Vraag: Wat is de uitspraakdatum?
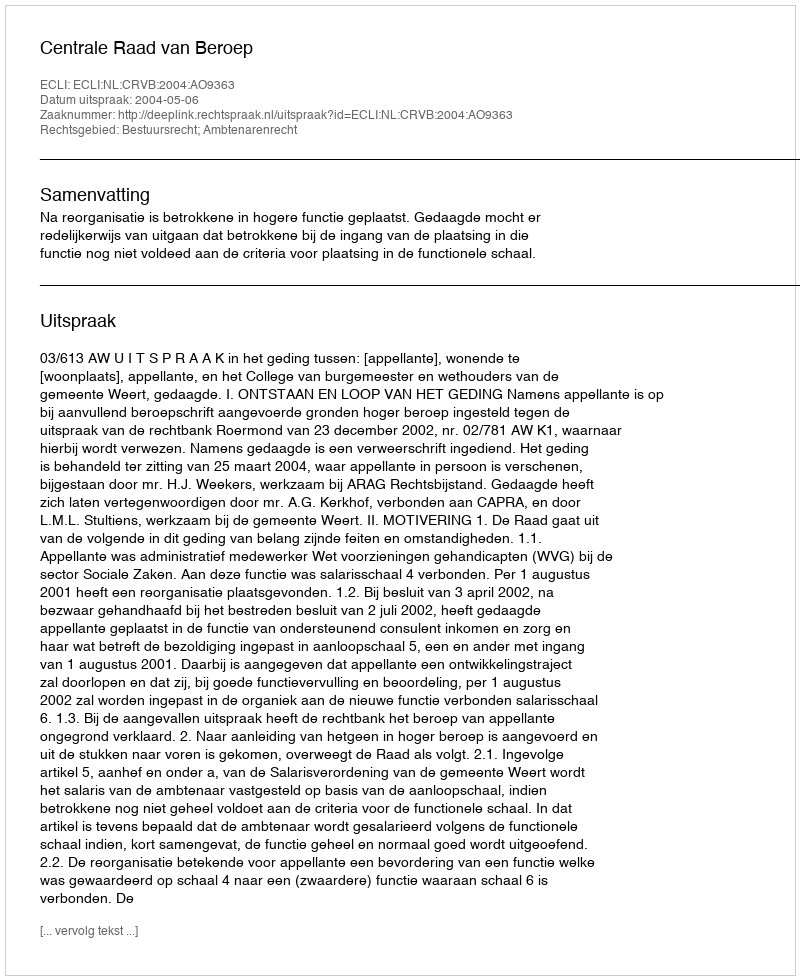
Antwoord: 2004-05-06